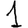
Digit: 1